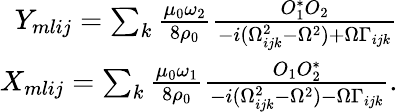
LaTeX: \begin{array}{r}{Y_{mlij}=\sum_{k}\frac{{\mu_{0}\omega_{2}}}{8\rho_{0}}\frac{O_{1}^{*}O_{2}}{-i(\Omega_{ijk}^{2}-\Omega^{2})+\Omega\Gamma_{ijk}}}\\ {X_{mlij}=\sum_{k}\frac{{\mu_{0}\omega_{1}}}{8\rho_{0}}\frac{O_{1}O_{2}^{*}}{-i(\Omega_{ijk}^{2}-\Omega^{2})-\Omega\Gamma_{ijk}}.}\end{array}